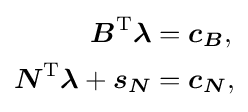
{\begin{aligned}{\boldsymbol {B}}^{\mathrm {T} }{\boldsymbol {\lambda }}&={\boldsymbol {c_{B}}},\\{\boldsymbol {N}}^{\mathrm {T} }{\boldsymbol {\lambda }}+{\boldsymbol {s_{N}}}&={\boldsymbol {c_{N}}},\end{aligned}}